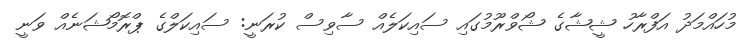
މުހައްމަދު އަފްރާހު ޝީޝާގެ ޝޯވްރޫމުގައި ސައިކަލެއް ސާވިސް ކުރަނީ: ސައިކަލްގެ ޕްރޮމޯޝަނެއް ވަނީ